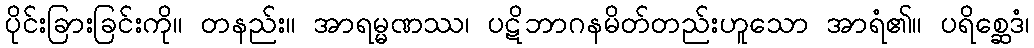
ပိုင်းခြားခြင်းကို။ တနည်း။ အာရမ္မဏဿ၊ ပဋိဘာဂနမိတ်တည်းဟူသော အာရံ၏။ ပရိစ္ဆေဒံ၊